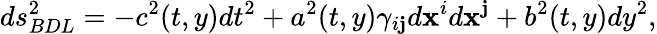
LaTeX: ds_{BDL}^{2}=-c^{2}(t,y)dt^{2}+a^{2}(t,y)\gamma_{i\mathbf{j}}d\mathbf{x}^{i}d\mathbf{x}^{\mathbf{j}}+b^{2}(t,y)dy^{2},